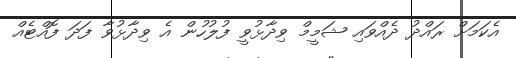
އެކަމަށް ރައްދު ދެއްވައި ޝަމީމް ވިދާޅުވީ ފުލުހުން އެ ވިދާޅުވާ ފަދަ ފޮއްޓެއް